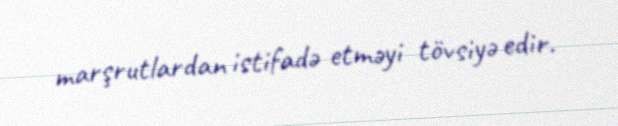
marşrutlardan istifadə etməyi tövsiyə edir.